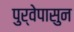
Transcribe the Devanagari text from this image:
पुर्वेपासुन